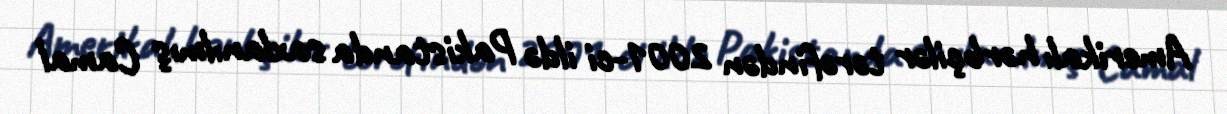
Amerikalı hərbçilər tərəfindən 2001-ci ildə Pakistanda saxlanılmış Camal